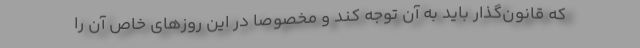
که قانون‌گذار باید به آن توجه کند و مخصوصاً در این روزهای خاص آن را